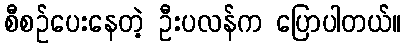
စီစဉ်ပေးနေတဲ့ ဦးပလန်က ပြောပါတယ်။